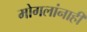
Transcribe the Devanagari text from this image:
मोगलांनाही